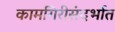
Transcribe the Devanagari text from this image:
कामगिरीसंदर्भात